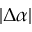
| \Delta \alpha |